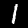
Digit: 1